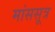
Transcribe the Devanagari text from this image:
मांससूत्र